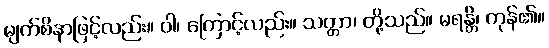
မျက်စိနာဖြင့်လည်း။ ဝါ၊ ကြောင့်လည်း။ သတ္တာ၊ တို့သည်။ မရန္တိ၊ ကုန်၏။